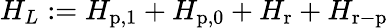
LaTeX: H_{L}:=H_{\mathrm{p},1}+H_{\mathrm{p},0}+H_{\mathrm{r}}+H_{\mathrm{r-p}}